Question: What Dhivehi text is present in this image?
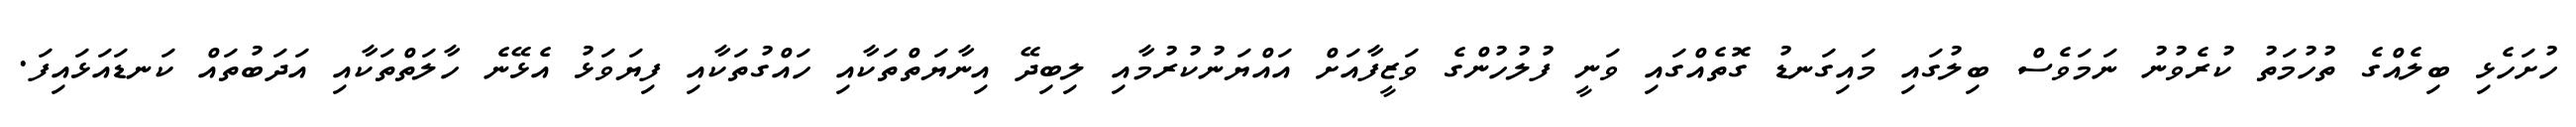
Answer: ހުށަހެޅި ބިލެއްގެ ތުހުމަތު ކުރެވުނު ނަމަވެސް ބިލުގައި މައިގަނޑު ގޮތެއްގައި ވަނީ ފުލުހުންގެ ވަޒީފާއަށް އައްޔަނުކުރުމާއި ލިބިދޭ އިނާޔަތްތަކާއި ހައްގުތަކާއި ފިޔަވަޅު އެޅޭނެ ހާލަތްތަކާއި އަދަބުތައް ކަނޑައަޅައިފަ.